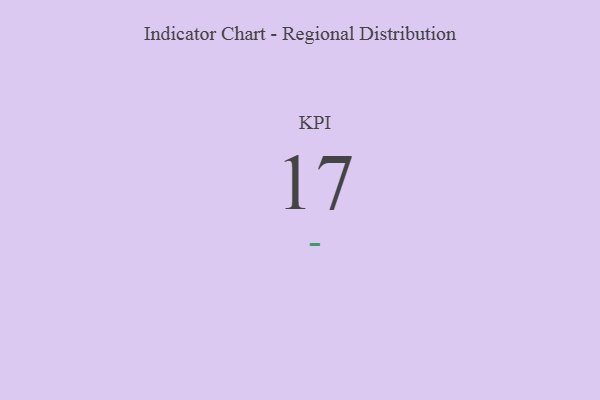
{"axis": {"x": "KPI", "y": "Value"}, "legend": [""], "data": [{"x": "KPI", "y": 17, "type": ""}]}